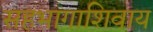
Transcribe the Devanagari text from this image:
सहभागाशिवाय